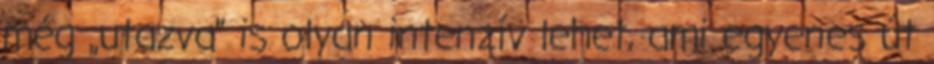
még „utazva” is olyan intenzív lehet, ami egyenes út